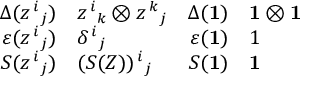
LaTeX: \begin{array} { r l r l } { { \Delta ( z ^ { \, i } { } _ { j } ) } } & { { z ^ { \, i } { } _ { k } \otimes z ^ { \, k } { } _ { j } } } & { { \Delta ( { \bf 1 } ) } } & { { { \bf 1 } \otimes { \bf 1 } } } \\ { { \varepsilon ( z ^ { \, i } { } _ { j } ) } } & { { \delta ^ { \, i } { } _ { j } } } & { { \varepsilon ( { \bf 1 } ) } } & { { 1 } } \\ { { S ( z ^ { \, i } { } _ { j } ) } } & { { ( S ( Z ) ) ^ { \, i } { } _ { j } } } & { { S ( { \bf 1 } ) } } & { { { \bf 1 } } } \end{array}